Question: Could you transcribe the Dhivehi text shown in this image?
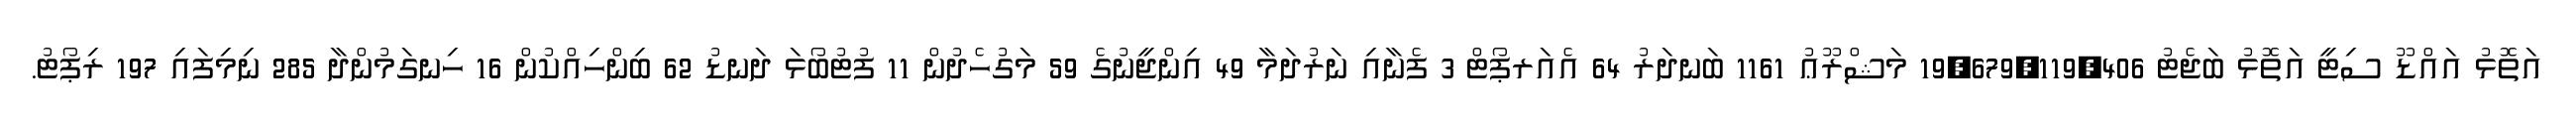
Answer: އަތޮޅު އައްޑޫ ސިޓީ އަތޮޅު ބަޖެޓު 19,679,119,406 މަޝްރޫޢު 1161 ބަނދަރު 64 އެއަރޕޯޓް 3 ފެނާއި ނަރުދަމާ 49 އިންޖީނުގެ 59 މަގުހެދުން 11 ފުޓުބޯޅަ ދަނޑު 62 ބިންހިއްކުން 16 ހިނގަމުންދާ 285 ނިމިފައި 197 ރިޕޯޓު.